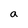
Character: a